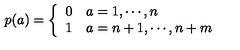
p ( a ) = \left\{ \begin{array} { l l } { 0 } & { a = 1 , \cdots , n } \\ { 1 } & { a = n + 1 , \cdots , n + m } \\ \end{array} \right.